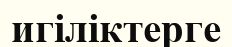
игіліктерге